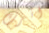
اثرت